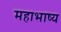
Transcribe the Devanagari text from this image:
महाभाष्‍य